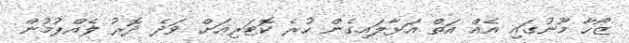
ޒޯހާ މޫނުގައި އެއް އަތް އަޅާލައިގެން ހުރެ ކޮޓަރިއަށް ވަދެ ދޮރު ލެއްޕުމުން